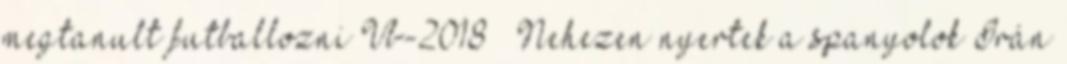
megtanult futballozni Vb-2018 – Nehezen nyertek a spanyolok Irán